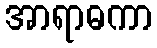
အာရာဓကာ